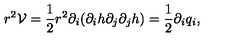
r ^ { 2 } { \mathcal { V } } = \frac { 1 } { 2 } r ^ { 2 } \partial _ { i } ( \partial _ { i } h \partial _ { j } \partial _ { j } h ) = \frac { 1 } { 2 } \partial _ { i } q _ { i } ,